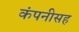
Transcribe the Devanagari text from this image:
कंपनीसह